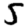
Digit: 5